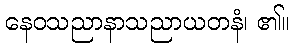
နေဝသညာနာသညာယတနံ၊ ၏။